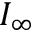
I _ { \infty }